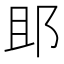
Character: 䢸